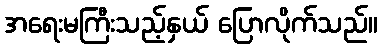
အရေးမကြီးသည့်နှယ် ပြောလိုက်သည်။